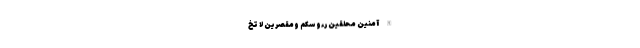
اللَّهُ آمِنِينَ مُحَلِّقِينَ رُءُوسَكُمْ وَمُقَصِّرِينَ لَا تَخَ